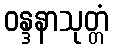
ဝန္ဒနာသုတ္တံ